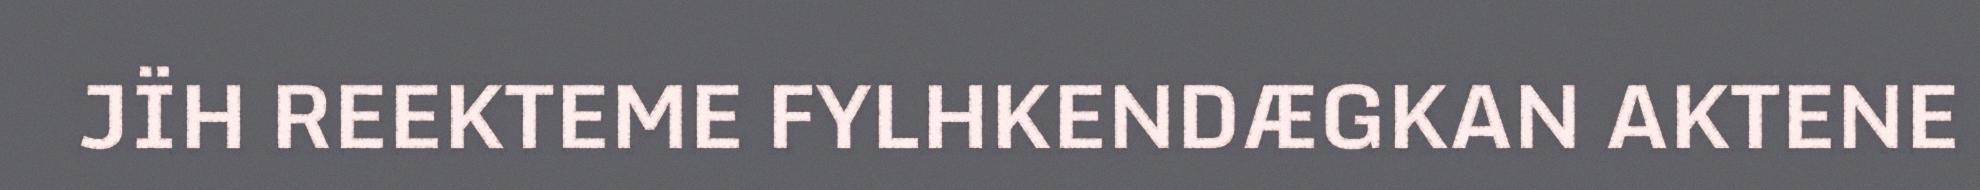
JÏH REEKTEME FYLHKENDÆGKAN AKTENE